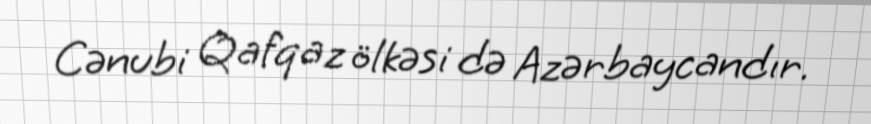
Cənubi Qafqaz ölkəsi də Azərbaycandır.